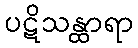
ပဋိသန္ထာရာ